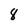
Character: 8